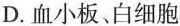
D.血小板、白细胞